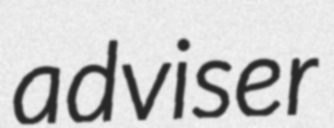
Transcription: adviser